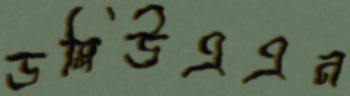
ডব্লিউএএন